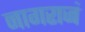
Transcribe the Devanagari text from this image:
नागराजं